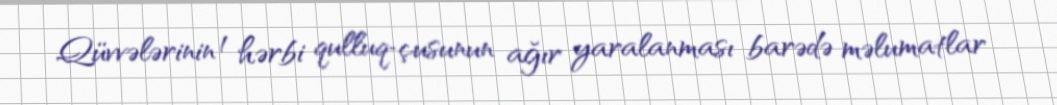
Qüvvələrinin 1 hərbi qulluq­çusunun ağır yaralanması barədə məlumatlar